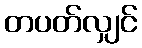
တပတ်လျှင်